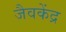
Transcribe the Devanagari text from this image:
जैवकेंद्र